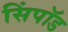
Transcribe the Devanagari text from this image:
सिंपॉड